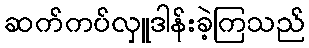
ဆက်ကပ်လှူဒါန်းခဲ့ကြသည်